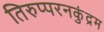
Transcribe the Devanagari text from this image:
तिरुप्परनकुंद्रम